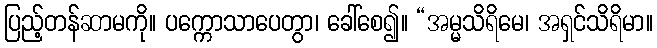
ပြည့်တန်ဆာမကို။ ပက္ကောသာပေတွာ၊ ခေါ်စေ၍။ “အမ္မသိရိမေ၊ အရှင်သိရိမာ။